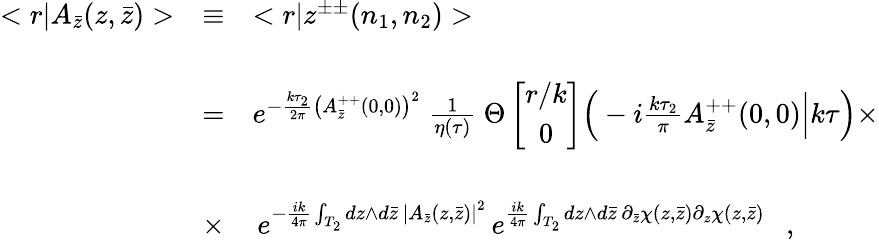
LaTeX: \begin{array}{rcl}{{<r|A_{\bar{z}}(z,\bar{z})>}}&{{\equiv}}&{{<r|z^{\pm\pm}(n_{1},n_{2})>}}\\ {{}}&{{}}&{{}}\\ {{}}&{{=}}&{{e^{-\frac{k\tau_{2}}{2\pi}\left(A_{\bar{z}}^{++}(0,0)\right)^{2}}\ \frac{1}{\eta(\tau)}\ \Theta\left[\begin{array}{c}{{r/k}}\\ {{0}}\end{array}\right]\Big(-i\frac{k\tau_{2}}{\pi}A_{\bar{z}}^{++}(0,0)\Big|k\tau\Big)\times}}\\ {{}}&{{}}&{{}}\\ {{}}&{{\times}}&{{\, e^{-\frac{ik}{4\pi}\int_{T_{2}}dz\wedge d\bar{z}\, \left|A_{\bar{z}}(z,\bar{z})\right|^{2}}\, e^{\frac{ik}{4\pi}\int_{T_{2}}dz\wedge d\bar{z}\, \partial_{\bar{z}}\chi(z,\bar{z})\partial_{z}\chi(z,\bar{z})}\ \ \ ,}}\end{array}